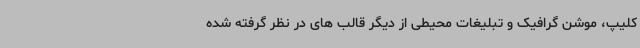
کلیپ، موشن گرافیک و تبلیغات محیطی از دیگر قالب های در نظر گرفته شده